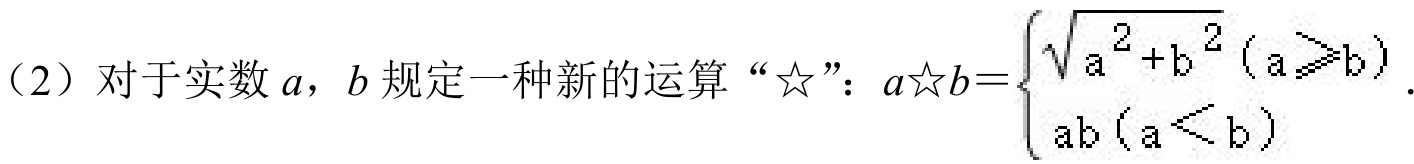
（2）对于实数\(a\)，\(b\)规定一种新的运算“☆”：\(a☆b = \begin{cases}
\sqrt{a^{2}+b^{2}}&(a\geqslant b)\\
ab&(a < b)
\end{cases}\).